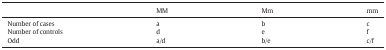
|  | MM | Mm | mm |
 | --- | --- | --- | --- |
 | Number of cases | a | b | c |
 | Number of controls | d | e | f |
 | Odd | a/d | b/e | c/f |